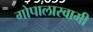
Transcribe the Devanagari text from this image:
गोपालास्वामी